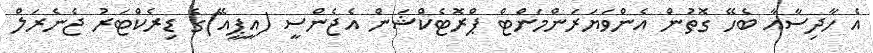
އެ ހާދިސާއާ ބެހޭ ގޮތުން އެންވަޔަރަންމަންޓް ޕްރޮޓެކްޝަން އެޖެންސީ (އީޕީއޭ)ގެ ޑިރެކްޓަރު ޖެނެރަލް